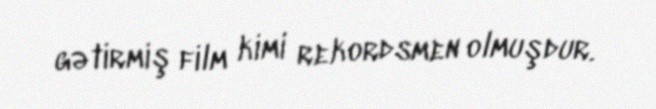
gətirmiş film kimi rekordsmen olmuşdur.